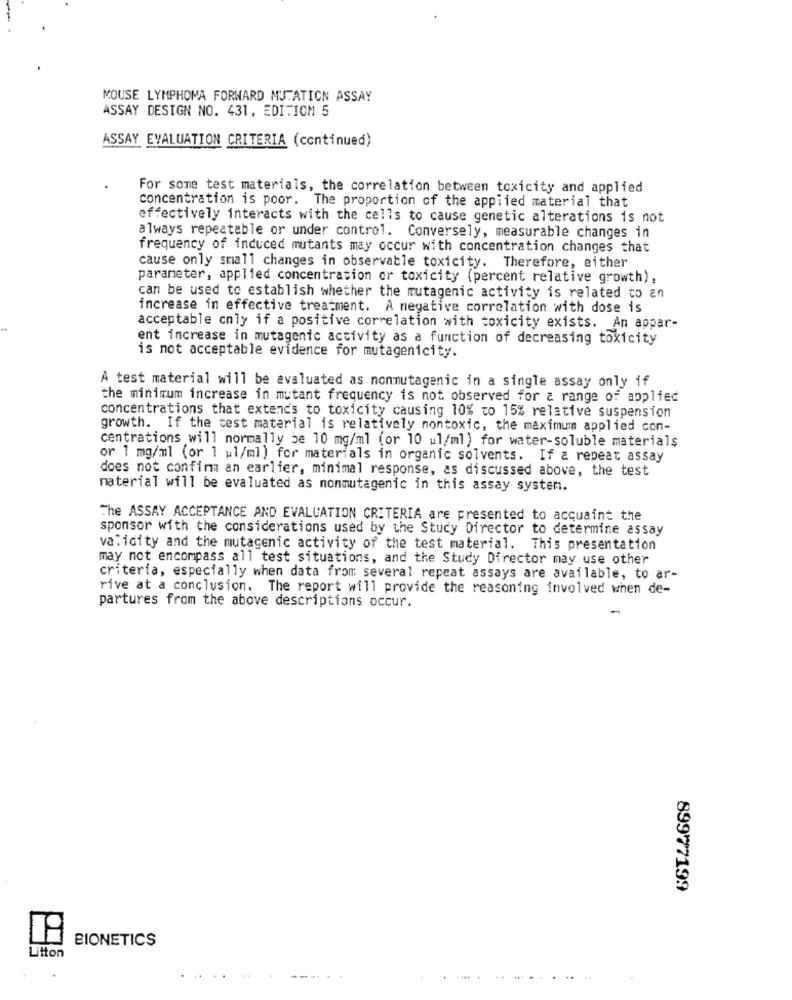
MOUSE LYMPHOMA FORWARD MUTATION ASSAY
ASSAY DESIGN NO. 431, EDITION 5
ASSAY EVALUATION CRITERIA (continued)
For some test materials, the correlation between toxicity and applied
concentration is poor. The proportion of the applied material that
effectively interacts with the cells to cause genetic alterations is not
always repeatable or under control. Conversely, measurable changes in
frequency of induced mutants may occur with concentration changes that
cause only small changes in observable toxicity. Therefore, either
parameter, applied concentration or toxicity (percent relative growth),
can be used to establish whether the mutagenic activity is related to an
increase in effective treatment. A negative correlation with dose is
acceptable only if a positive correlation with toxicity exists. An appar-
ent increase in mutagenic activity as a function of decreasing toxicity
is not acceptable evidence for mutagenicity.
A test material will be evaluated as nonmutagenic in a single assay only if
the minimum increase in mutant frequency is not observed for a range of applied
concentrations that extends to toxicity causing 10% to 15% relative suspension
growth. If the test material is relatively nontoxic, the maximum applied con-
centrations will normally be 10 mg/ml (or 10 ul/ml) for water-soluble materials
or 1 mg/ml (or 1 ul/ml) for materials in organic solvents. If a repeat assay
does not confirm an earlier, minimal response, as discussed above, the test
material will be evaluated as monmutagenic in this assay system.
The ASSAY ACCEPTANCE AND EVALUATION CRITERIA are presented to acquaint the
sponsor with the considerations used by the Study Director to determine assay
validity and the mutagenic activity of the test material. This presentation
may not encompass all test situations, and the Study Director may use other
criteria, especially when data from several repeat assays are available, to ar-
rive at a conclusion, The report will provide the reasoning involved when de-
partures from the above descriptions occur.
89977199
BIONETICS
Litton
.. ....